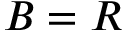
B = R